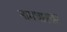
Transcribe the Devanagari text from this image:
नामधारका